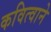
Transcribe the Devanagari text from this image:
कवित्वाने